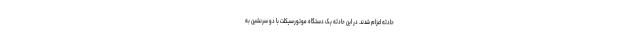
حادثه اعزام شدند. در این حادثه یک دستگاه موتورسیکلت با دو سرنشین به